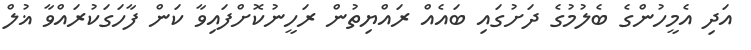
އަދި އެމީހުންގެ ބެލުމުގެ ދަށުގައި ބައެއް ރައްޔިތުން ރަހީނުކޮށްފައިވާ ކަން ފާހަގަކުރައްވާ ޣުލް